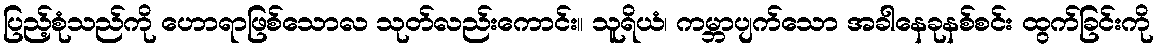
ပြည့်စုံသည်ကို ဟောရာဖြစ်သောလ သုတ်လည်းကောင်း။ သူရိယံ၊ ကမ္ဘာပျက်သော အခါနေခုနစ်စင်း ထွက်ခြင်းကို